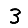
Digit: 3